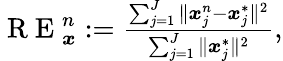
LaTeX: \begin{array}{r}{\mathrm{~R~E~}_{\boldsymbol{x}}^{n}:=\frac{\sum_{j=1}^{J}\| \boldsymbol{x}_{j}^{n}-\boldsymbol{x}_{j}^{*}\| ^{2}}{\sum_{j=1}^{J}\| \boldsymbol{x}_{j}^{*}\| ^{2}},}\end{array}